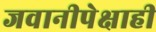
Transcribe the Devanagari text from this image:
जवानीपेक्षाही